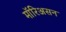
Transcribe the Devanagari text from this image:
मॉरिअसन